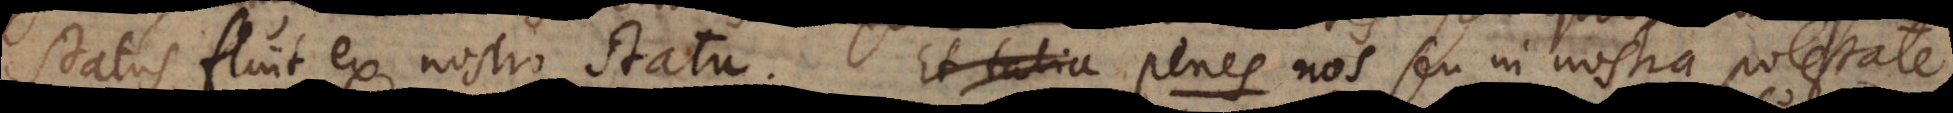
status fluit ex nostro statu. Et talia Penes nos seu in nostra potestate